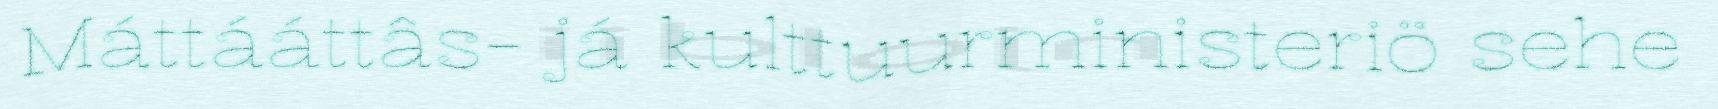
Máttááttâs- já kulttuurministeriö sehe